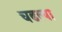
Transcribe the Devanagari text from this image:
चढल्या